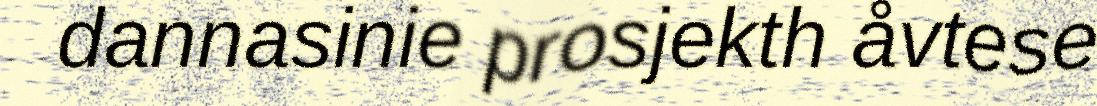
dannasinie prosjekth åvtese